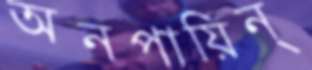
অনপায়িন্